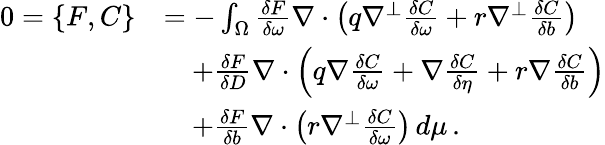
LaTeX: \begin{array}{rl}{0=\{ F,C\} }&{=-\int_{\Omega}\frac{\delta F}{\delta\omega}\nabla\cdot\left(q\nabla^{\perp}\frac{\delta C}{\delta\omega}+r\nabla^{\perp}\frac{\delta C}{\delta b}\right)}\\ &{\quad+\frac{\delta F}{\delta D}\nabla\cdot\left(q\nabla\frac{\delta C}{\delta\omega}+\nabla\frac{\delta C}{\delta\eta}+r\nabla\frac{\delta C}{\delta b}\right)}\\ &{\quad+\frac{\delta F}{\delta b}\nabla\cdot\left(r\nabla^{\perp}\frac{\delta C}{\delta\omega}\right)\, d\mu\, .}\end{array}